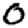
Digit: 0